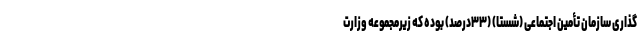
‌گذاری سازمان تأمین اجتماعی (شستا) (۳۳درصد) بوده که زیرمجموعه وزارت